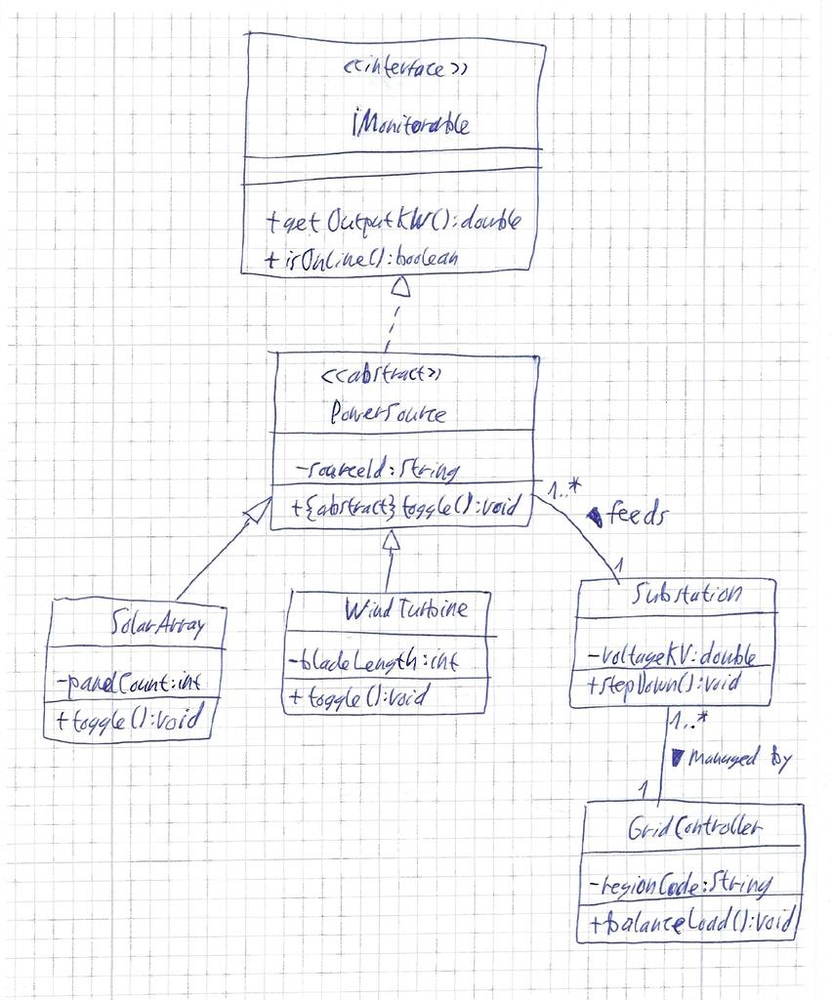
Diagram type: class_diagram
```plantuml
@startuml

interface IMonitorable {
  + getOutputKW(): double
  + isOnline(): boolean
}

abstract class PowerSource implements IMonitorable {
  - sourceId: String
  + {abstract} toggle(): void
}

class SolarArray extends PowerSource {
  - panelCount: int
  + toggle(): void
}

class WindTurbine extends PowerSource {
  - bladeLength: int
  + toggle(): void
}

class Substation {
  - voltageKV: double
  + stepDown(): void
}

class GridController {
  - regionCode: String
  + balanceLoad(): void
}

PowerSource "1..*" -- "1" Substation : feeds >
Substation "1..*" -- "1" GridController : managed by >

@enduml
```